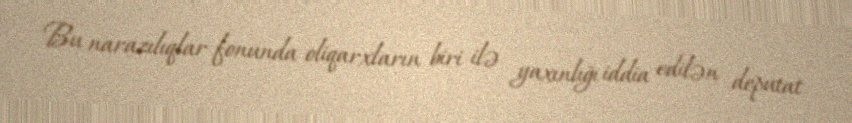
Bu narazılıqlar fonunda oliqarxların biri ilə yaxınlığı iddia edilən deputat